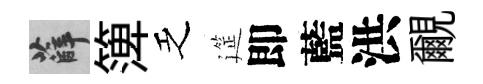
薛𥱼乏筵即藍洪覼